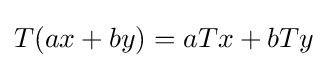
T(ax+by)=aTx+bTy